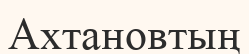
Ахтановтың